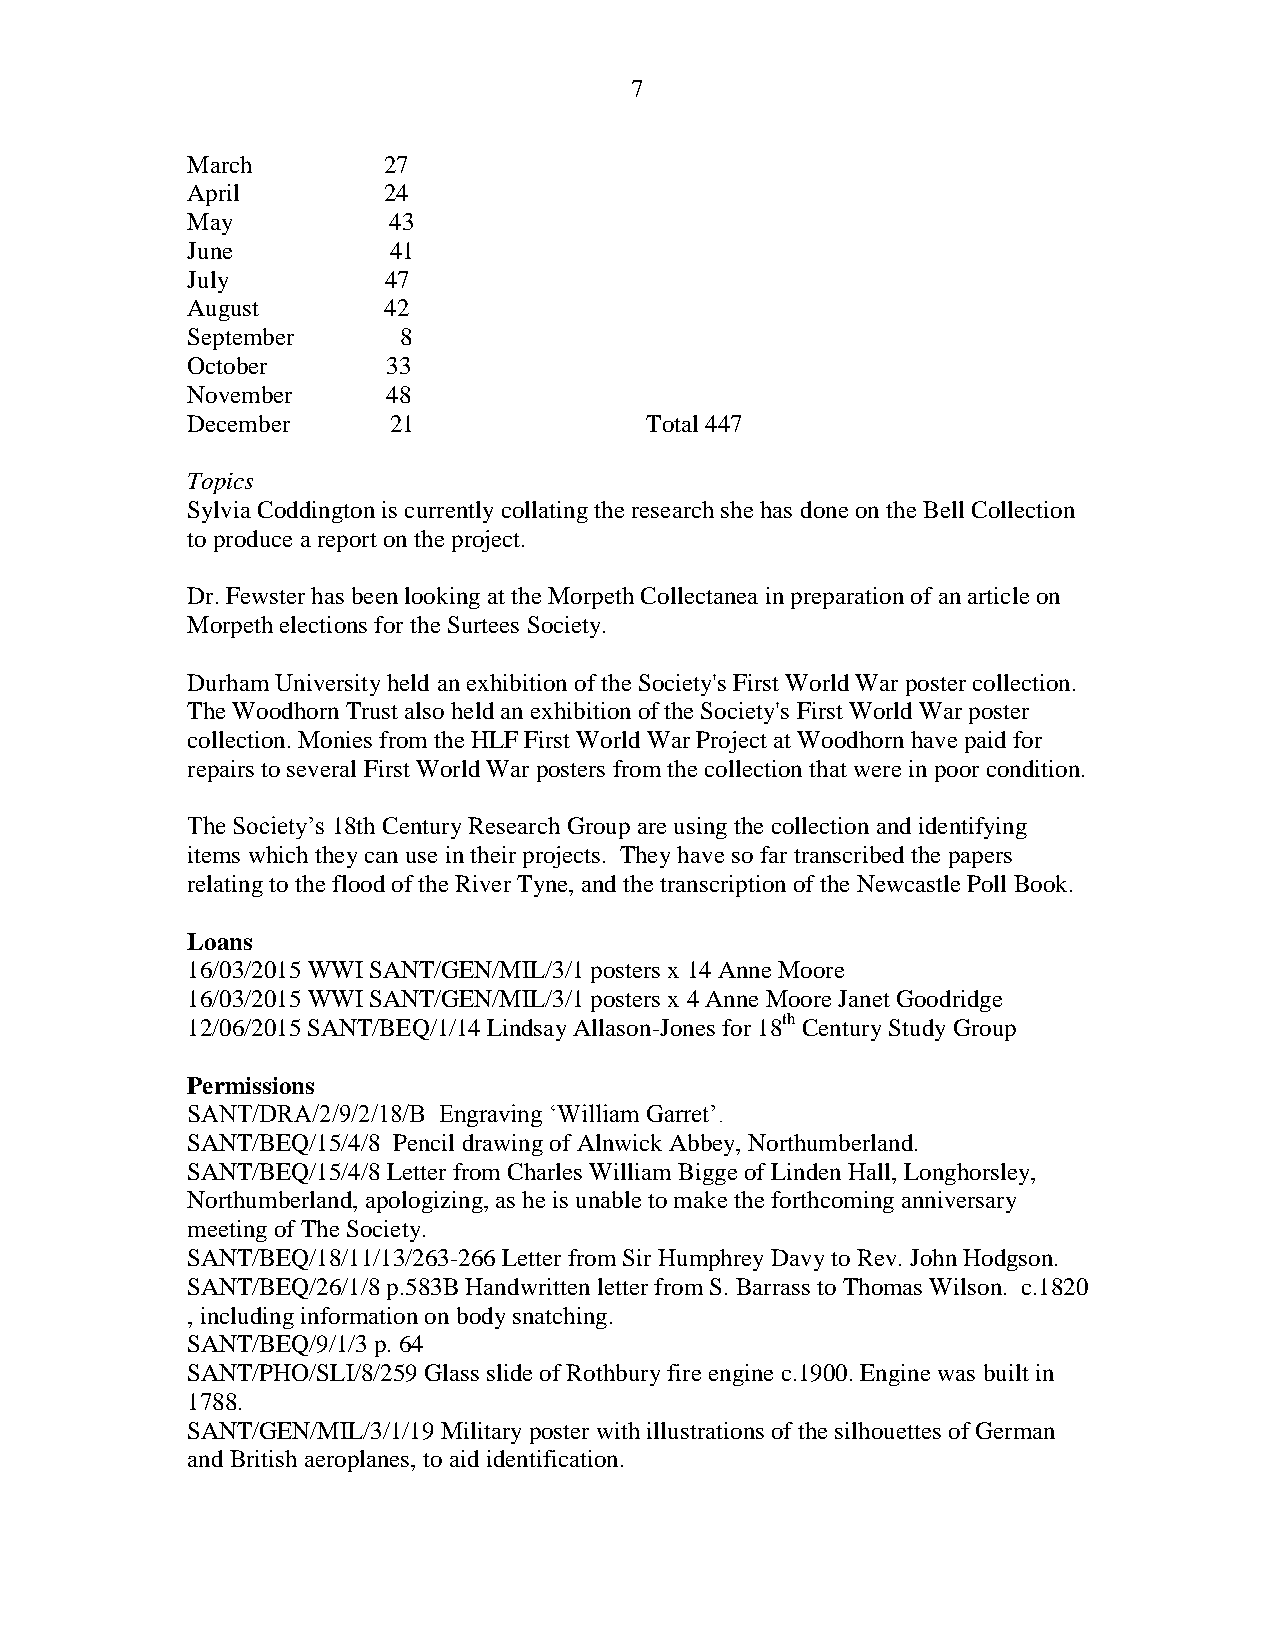
7
 March        27
 April        24
 May           43
 June          41
 July         47
 August       42
 September      8
 October       33
 November      48
 December      21               Total 447
 Topics
 Sylvia Coddington is currently collating the research she has done on the Bell Collection
 to produce a report on the project.
 Dr. Fewster has been looking at the Morpeth Collectanea in preparation of an article on
 Morpeth elections for the Surtees Society.
 Durham University held an exhibition of the Society's First World War poster collection.
 The Woodhorn Trust also held an exhibition of the Society's First World War poster
 collection. Monies from the HLF First World War Project at Woodhorn have paid for
 repairs to several First World War posters from the collection that were in poor condition.
 The Society’s 18th Century Research Group are using the collection and identifying
 items which they can use in their projects. They have so far transcribed the papers
 relating to the flood of the River Tyne, and the transcription of the Newcastle Poll Book.
 Loans
 16/03/2015 WWI SANT/GEN/MIL/3/1 posters x 14 Anne Moore
 16/03/2015 WWI SANT/GEN/MIL/3/1 posters x 4 Anne Moore Janet Goodridge
 12/06/2015 SANT/BEQ/1/14 Lindsay Allason-Jones for 18th Century Study Group
 Permissions
 SANT/DRA/2/9/2/18/B Engraving ‘William Garret’.
 SANT/BEQ/15/4/8 Pencil drawing of Alnwick Abbey, Northumberland.
 SANT/BEQ/15/4/8 Letter from Charles William Bigge of Linden Hall, Longhorsley,
 Northumberland, apologizing, as he is unable to make the forthcoming anniversary
 meeting of The Society.
 SANT/BEQ/18/11/13/263-266 Letter from Sir Humphrey Davy to Rev. John Hodgson.
 SANT/BEQ/26/1/8 p.583B Handwritten letter from S. Barrass to Thomas Wilson. c.1820
 , including information on body snatching.
 SANT/BEQ/9/1/3 p. 64
 SANT/PHO/SLI/8/259 Glass slide of Rothbury fire engine c.1900. Engine was built in
 1788.
 SANT/GEN/MIL/3/1/19 Military poster with illustrations of the silhouettes of German
 and British aeroplanes, to aid identification.